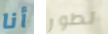
أنا تطور